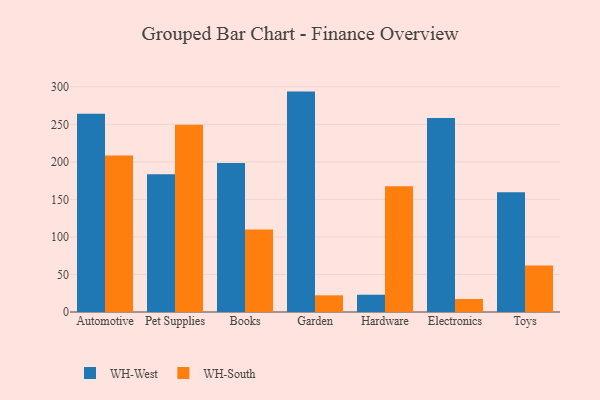
{"axis": {"x": "Category", "y": "Active Users"}, "legend": ["WH-South", "WH-West"], "data": [{"x": "Automotive", "y": 264.1, "type": "WH-West"}, {"x": "Automotive", "y": 208.4, "type": "WH-South"}, {"x": "Pet Supplies", "y": 183.5, "type": "WH-West"}, {"x": "Pet Supplies", "y": 249.3, "type": "WH-South"}, {"x": "Books", "y": 198.6, "type": "WH-West"}, {"x": "Books", "y": 109.8, "type": "WH-South"}, {"x": "Garden", "y": 293.6, "type": "WH-West"}, {"x": "Garden", "y": 22.2, "type": "WH-South"}, {"x": "Hardware", "y": 23.0, "type": "WH-West"}, {"x": "Hardware", "y": 167.4, "type": "WH-South"}, {"x": "Electronics", "y": 258.3, "type": "WH-West"}, {"x": "Electronics", "y": 17.3, "type": "WH-South"}, {"x": "Toys", "y": 159.5, "type": "WH-West"}, {"x": "Toys", "y": 61.9, "type": "WH-South"}]}